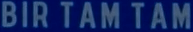
BIR TAM TAM